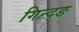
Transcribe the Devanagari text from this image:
गिन्दङ